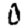
Digit: 0